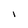
Character: I